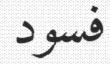
فسود